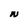
Character: N